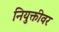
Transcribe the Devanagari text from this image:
नियुक्तीवर